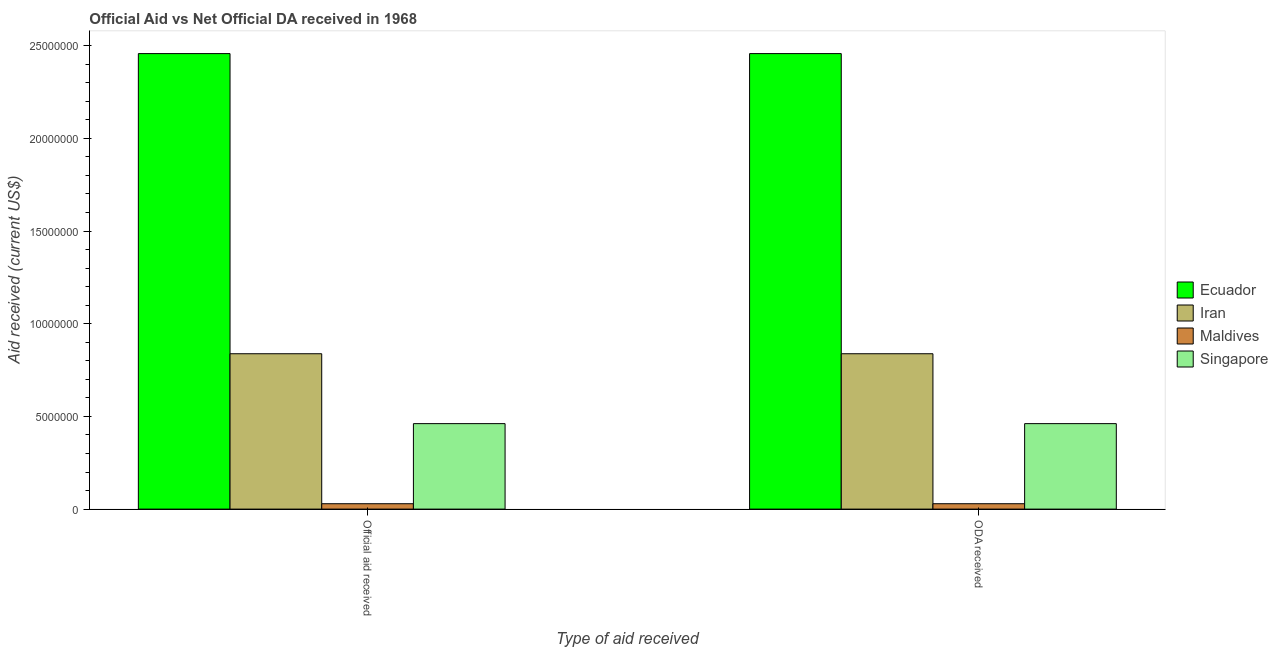
| Type of aid received | Ecuador | Iran | Maldives | Singapore |
 | --- | --- | --- | --- | --- |
 | Official aid received | 2.46e+07 | 8.38e+06 | 2.9e+05 | 4.61e+06 |
 | ODA received | 2.46e+07 | 8.38e+06 | 2.9e+05 | 4.61e+06 |